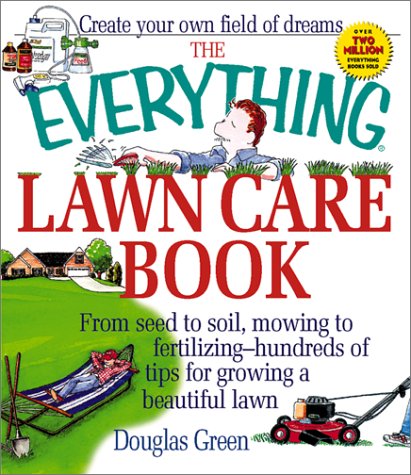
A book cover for The Everything Lawn Care Book (Everything (Home Improvement)); Douglas C. Green; Crafts, Hobbies & Home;